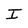
Character: I